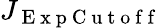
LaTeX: J_{\mathrm{~E~x~p~C~u~t~o~f~f~}}